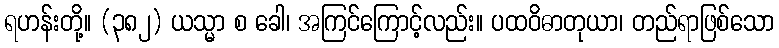
ရဟန်းတို့။ (၃၈၂) ယသ္မာ စ ခေါ၊ အကြင်ကြောင့်လည်း။ ပထဝိဓာတုယာ၊ တည်ရာဖြစ်သော